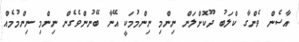
އާސެން ވެންގާ ކްލަބު ދޫކޮށްލަން ނިންމި ނިންމުމަކީ އޭނާ ބޭނުންވެގެން ނިންމި ނިންމުމެއް